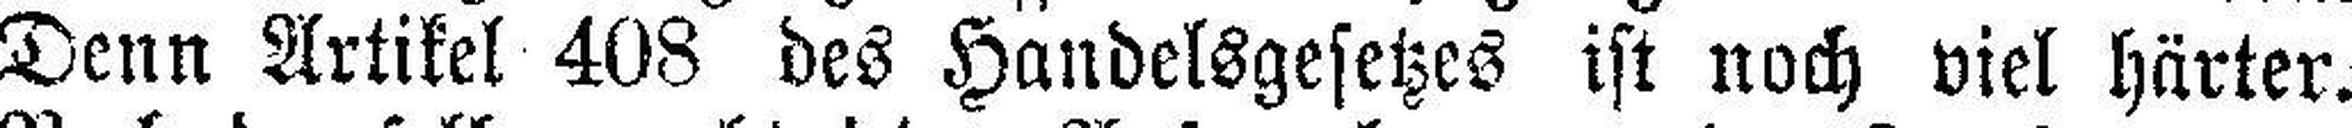
Denn Artikel 408 des Handelsgesetzes ist noch viel härter.